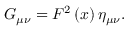
G _ { \mu \nu } = F ^ { 2 } \left( x \right) \eta _ { \mu \nu } .